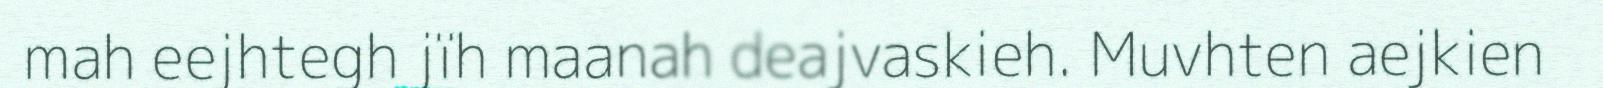
mah eejhtegh jïh maanah deajvaskieh. Muvhten aejkien